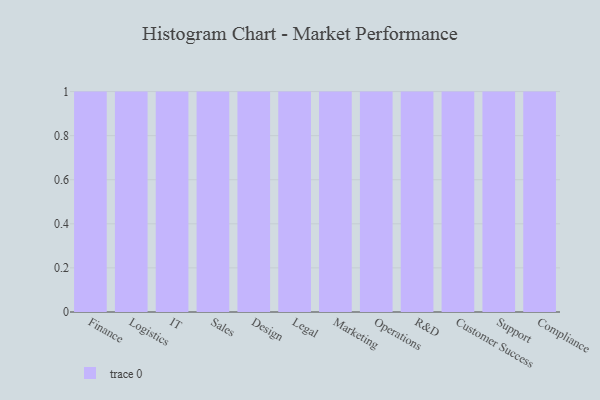
{"axis": {"x": "Department", "y": "Operating Costs (USD K)"}, "legend": [""], "data": [{"x": "Finance", "y": 34, "type": ""}, {"x": "Logistics", "y": 32, "type": ""}, {"x": "IT", "y": 88, "type": ""}, {"x": "Sales", "y": 2, "type": ""}, {"x": "Design", "y": 33, "type": ""}, {"x": "Legal", "y": 5, "type": ""}, {"x": "Marketing", "y": 96, "type": ""}, {"x": "Operations", "y": 74, "type": ""}, {"x": "R&D", "y": 96, "type": ""}, {"x": "Customer Success", "y": 62, "type": ""}, {"x": "Support", "y": 100, "type": ""}, {"x": "Compliance", "y": 62, "type": ""}]}